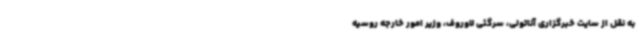
به نقل از سایت خبرگزاری آناتولی، سرگئی لاوروف، وزیر امور خارجه روسیه